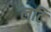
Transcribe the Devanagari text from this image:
लटि